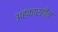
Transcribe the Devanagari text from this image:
अहंकारहीन